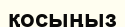
қосыңыз